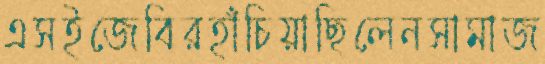
এসইজেবিরহাঁচিয়াছিলেনসামাজ